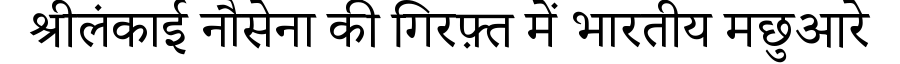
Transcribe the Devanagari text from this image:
श्रीलंकाई नौसेना की गिरफ़्त में भारतीय मछुआरे